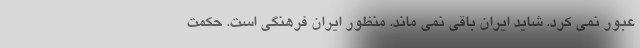
عبور نمی کرد. شاید ایران باقی نمی ماند. منظور ایران فرهنگی است. حکمت